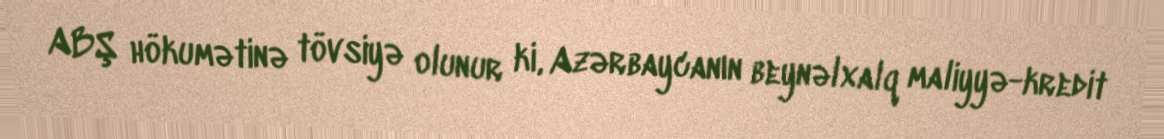
ABŞ hökumətinə tövsiyə olunur ki, Azərbaycanın beynəlxalq maliyyə-kredit